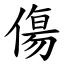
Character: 傷